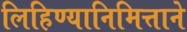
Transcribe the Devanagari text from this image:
लिहिण्यानिमित्ताने